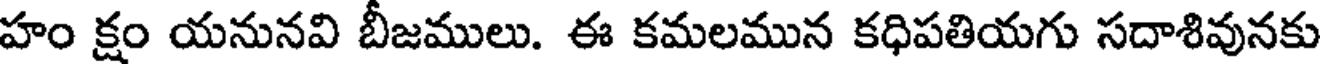
హం క్షం యనునవి బీజములు. ఈ కమలమున కధిపతియగు సదాశివునకు